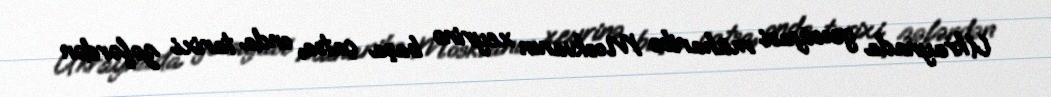
Ukraynada geosiyasi müharibə Moskvanın xeyrinə başa çatsa, onda tarixi zəfərdən